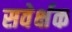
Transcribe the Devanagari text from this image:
सवेर्क्षक